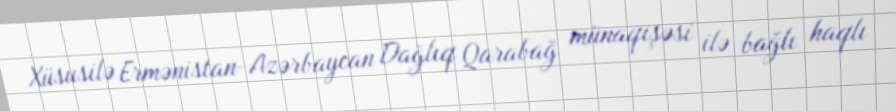
Xüsusilə Ermənistan-Azərbaycan Dağlıq Qarabağ münaqişəsi ilə bağlı haqlı